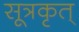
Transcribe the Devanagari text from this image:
सूत्रकृत्